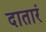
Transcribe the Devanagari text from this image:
दातारं